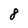
Character: 8